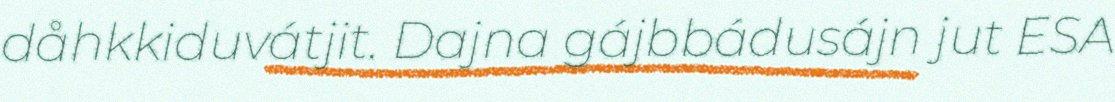
dåhkkiduvátjit. Dajna gájbbádusájn jut ESA